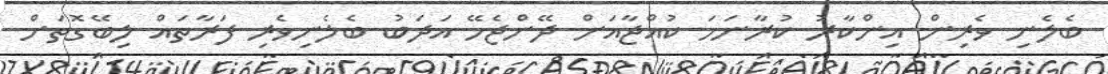
ބެލެނި ވެރިން އިންކާރު ކުރާނަމަ ކުއްޖާއަށް ދޭންޖެހޭ އަދަބު ބެލެނިވެރި ފަރާތައް ލިބޭގޮތަށް